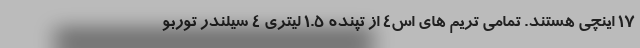
17 اینچی هستند. تمامی تریم های اس4 از تپنده 1.5 لیتری 4 سیلندر توربو